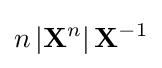
n\left|\mathbf {X} ^{n}\right|\mathbf {X} ^{-1}